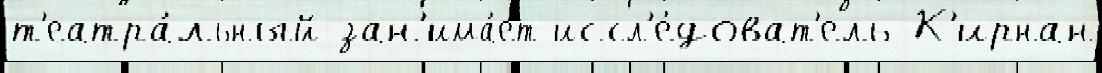
т'еатра́льный зан'има́ет иссл'е́доват'ель К'ирнан